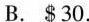
B. $30.